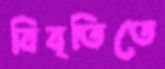
বিবৃতিতে